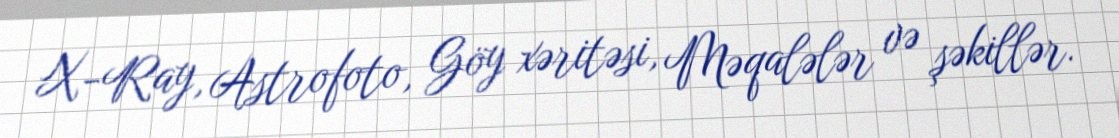
X-Ray, Astrofoto, Göy xəritəsi, Məqalələr və şəkillər.